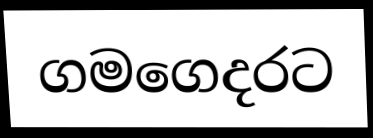
ගමගෙදරට